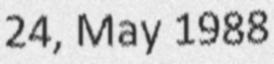
24, May 1988